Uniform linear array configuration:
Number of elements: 64
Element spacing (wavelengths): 1
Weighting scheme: cosine
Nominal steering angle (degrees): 0
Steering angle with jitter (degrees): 1.378
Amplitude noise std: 0.05
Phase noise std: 0.05

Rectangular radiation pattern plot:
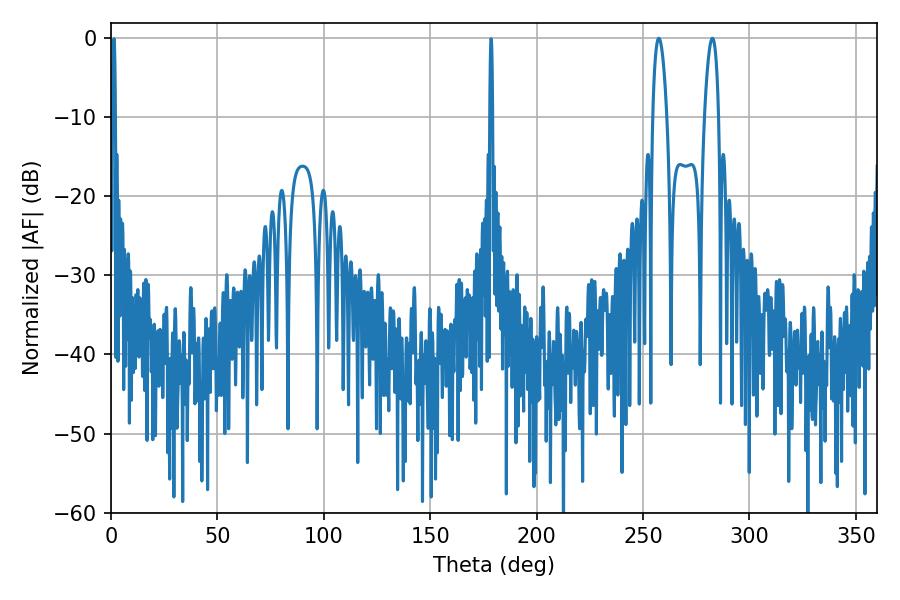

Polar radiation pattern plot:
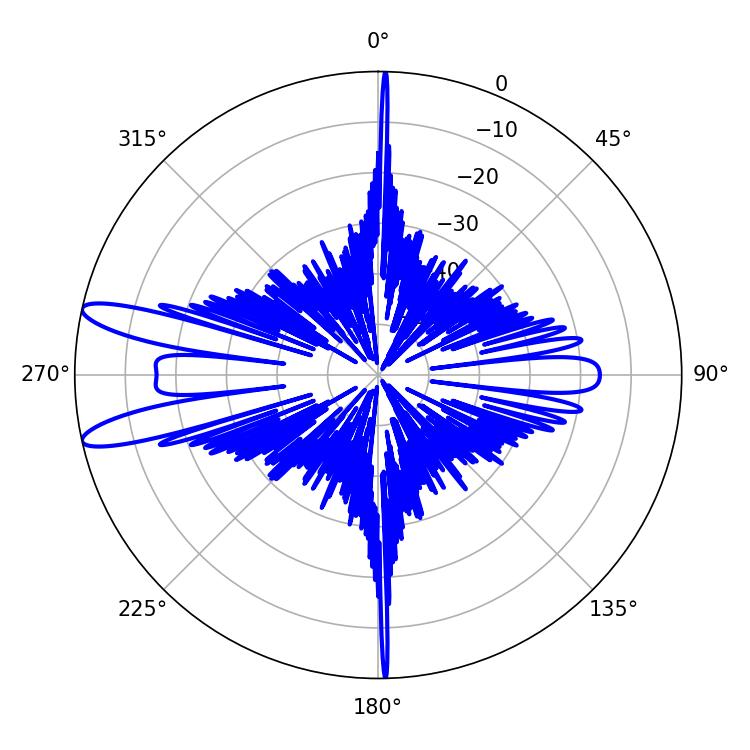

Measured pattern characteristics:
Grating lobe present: TRUE
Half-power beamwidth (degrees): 3.6
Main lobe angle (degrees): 257.4